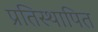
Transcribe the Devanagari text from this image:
प्रतिस्थापित